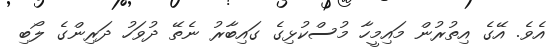
އެވެ. އޭގެ އިތުރުން މައިމީހާ މުސްކުޅިގެ ގައިބާރު ނެތޭ ދުވަހު ދަރިންގެ ލޯބި